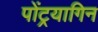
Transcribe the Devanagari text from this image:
पोंट्रयागिन